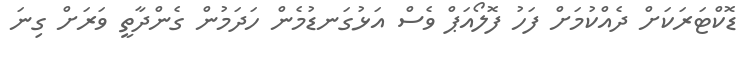
ޑޮކްޓަރަކަށް ދެއްކުމަށް ފަހު ފޮލޯއަޕް ވެސް އަޅުގަނޑުމެން ހަދަމުން ގެންދާތީ ވަރަށް ގިނަ